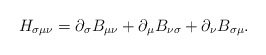
\begin{align*}H_{\sigma\mu\nu} =\partial_\sigma B_{\mu\nu} +\partial_\mu B_{\nu\sigma} + \partial_\nu B_{\sigma\mu}.\end{align*}